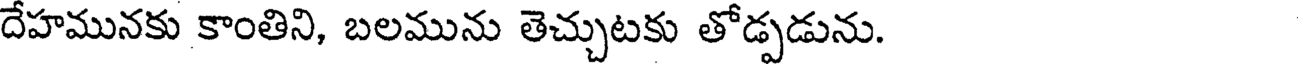
దేహమునకు కాంతిని, బలమును తెచ్చుటకు తోడ్పడును.